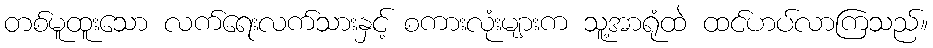
တစ်မူထူးသော လက်ရေးလက်သားနှင့် စကားလုံးများက သူ့အာရုံထဲ ထင်ဟပ်လာကြသည်။